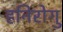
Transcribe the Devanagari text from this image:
हनिरोगु